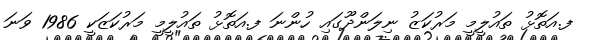
ފ.އަތޮޅު ތައުލީމީ މަރުކަޒު ނިލަންދޫގައި ހުންނަ ފ.އަތޮޅު ތައުލީމީ މަރުކަޒަކީ 1986 ވަނަ